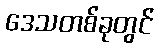
ဒေသတစ်ခုတွင်